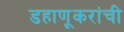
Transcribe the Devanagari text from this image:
डहाणूकरांची